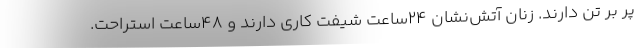
پر بر تن دارند. زنان آتش‌نشان 24ساعت شیفت کاری دارند و 48ساعت استراحت.